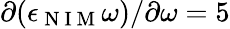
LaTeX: \partial(\epsilon_{\mathrm{~N~I~M~}}\omega)/\partial\omega=5